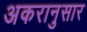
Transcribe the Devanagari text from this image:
अकरानुसार